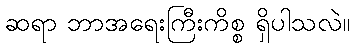
ဆရာ ဘာအရေးကြီးကိစ္စ ရှိပါသလဲ။